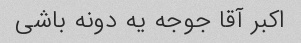
اکبر آقا جوجه یه دونه باشی